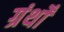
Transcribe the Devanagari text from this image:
ग्रंथोँ